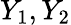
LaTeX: Y_{1},Y_{2}